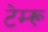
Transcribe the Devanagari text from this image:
टेम्‍रू